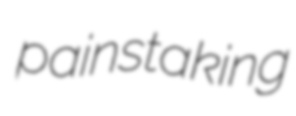
painstaking